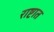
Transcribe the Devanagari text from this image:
राष्टात